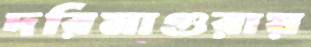
দরিমাগুরায়